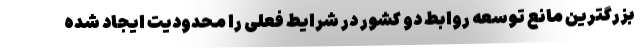
بزرگترین مانع توسعه روابط دو کشور در شرایط فعلی را محدودیت ایجاد شده